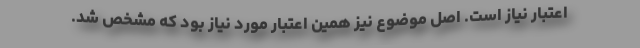
اعتبار نیاز است. اصل موضوع نیز همین اعتبار مورد نیاز بود که مشخص شد.